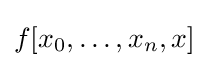
{\textstyle f[x_{0},\ldots ,x_{n},x]}